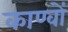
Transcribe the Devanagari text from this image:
काण्वों